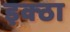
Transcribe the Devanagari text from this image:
इक्ठा